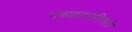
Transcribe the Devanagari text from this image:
पंच्याहत्तरीतही